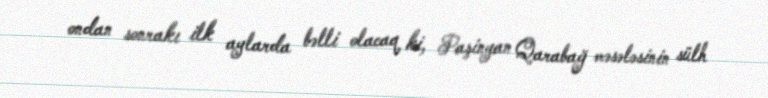
ondan sonrakı ilk aylarda bəlli olacaq ki, Paşinyan Qarabağ məsələsinin sülh